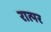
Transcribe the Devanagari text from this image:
रात्पर